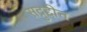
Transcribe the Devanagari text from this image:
सद्रुद्दीन